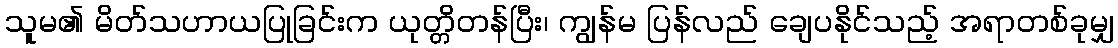
သူမ၏ မိတ်သဟာယပြုခြင်းက ယုတ္တိတန်ပြီး၊ ကျွန်မ ပြန်လည် ချေပနိုင်သည့် အရာတစ်ခုမျှ